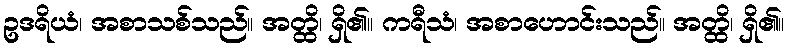
ဥဒရိယံ၊ အစာသစ်သည်။ အတ္ထိ၊ ရှိ၏။ ကရီသံ၊ အစာဟောင်းသည်။ အတ္ထိ၊ ရှိ၏။